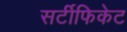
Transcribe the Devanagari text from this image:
सर्टीफिकेट